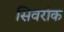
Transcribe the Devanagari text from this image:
सिवरांक